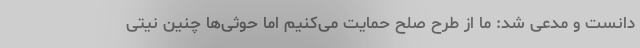
دانست و مدعی شد: ما از طرح صلح حمایت می‌کنیم اما حوثی‌ها چنین نیتی